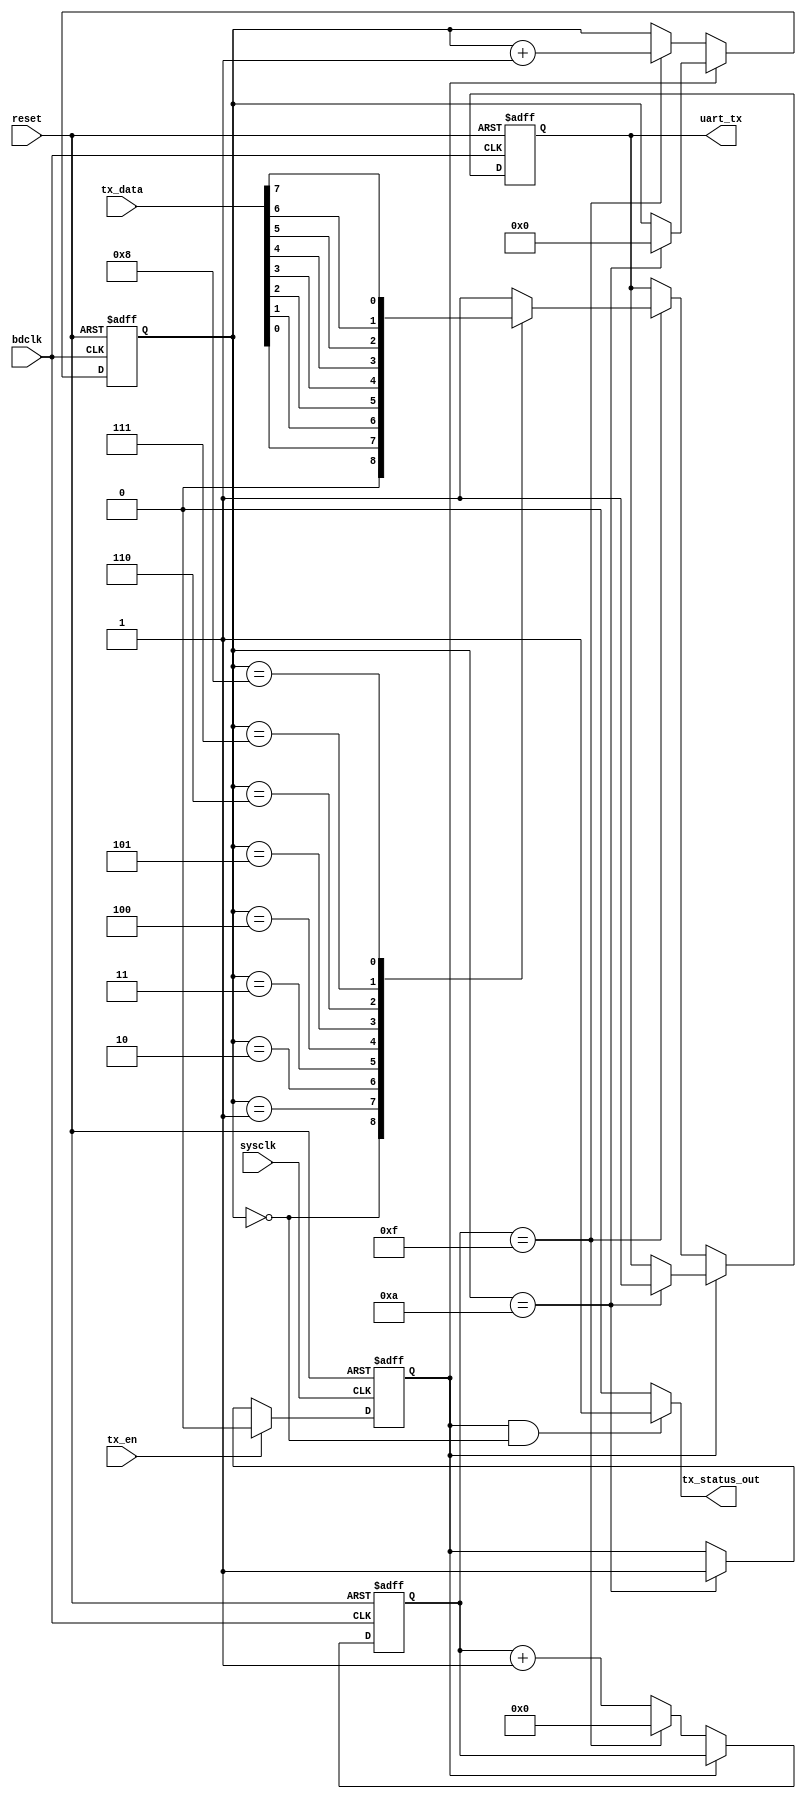
module sender(
	input [7:0] tx_data,
	input tx_en,
	input bdclk,
	input sysclk,
	input reset,
	output tx_status_out,
	output reg uart_tx = 1
	);
	
	reg [3:0] num = 0;
	reg [4:0] status = 0;
	reg tx_status = 1;

	assign tx_status_out = (tx_status && num == 4'b0000)? 1'b1: 1'b0;
	
	always @(posedge sysclk or negedge reset)
	begin
		if(~reset)	tx_status <= 1;
		else 
		begin 
			if(tx_en) tx_status <= 0;
			else if(num == 4'd10) tx_status <= 1;
		end
	end
	
	always @(posedge bdclk or negedge reset)
	begin
		if(~reset)
		begin
			uart_tx <= 1;
			status <= 0;
			num <= 0;
		end
		else
		begin
			if(~tx_status)
			begin
				if(status == 5'd15)
				begin
					case(num)
					0:uart_tx <= 0;
					1:uart_tx <= tx_data[0];
					2:uart_tx <= tx_data[1];
					3:uart_tx <= tx_data[2];
					4:uart_tx <= tx_data[3];
					5:uart_tx <= tx_data[4];
					6:uart_tx <= tx_data[5];
					7:uart_tx <= tx_data[6];
					8:uart_tx <= tx_data[7];
					9:uart_tx <= 1;
					default:begin num <= 0; uart_tx <= 1; end
					endcase
					num <= num + 4'd1;
					status <= 0;
				end
				else status <= status + 5'd1;
			end
			else
			  if(num == 4'd10) begin num <= 0; uart_tx <= 1; end
		end
	end
	
endmodule